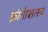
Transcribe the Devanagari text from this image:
क्रांतीशास्त्र